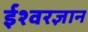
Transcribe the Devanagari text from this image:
ईश्वरज्ञान